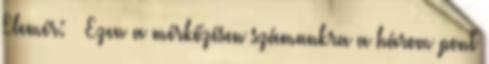
Elemér: – Ezen a mérkőzésen számunkra a három pont